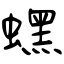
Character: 蟔